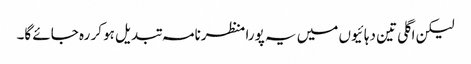
لیکن اگلی تین دہائیوں میں یہ پورا منظرنامہ تبدیل ہو کر رہ جائے گا۔